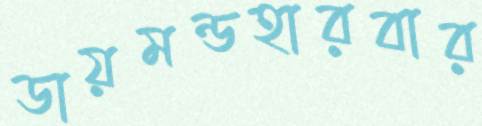
ডায়মন্ডহারবার